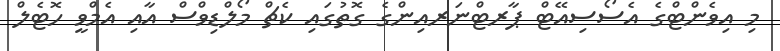
މި އިވެންޓްގެ އެސޯސިއޭޓް ޕާރޓްނަރއިންގެ ގޮތުގައި ކެޗް މޯލްޑިވްސް އާއި އެމްވީ ހޮޓެލް